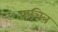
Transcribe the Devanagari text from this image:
पाचित्र